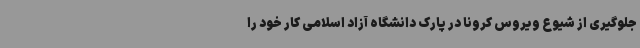
جلوگیری از شیوع ویروس کرونا در پارک دانشگاه آزاد اسلامی کار خود را